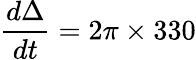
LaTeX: \frac{d\Delta}{dt}=2\pi\times 330